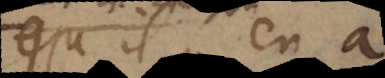
qu’il y en a